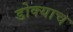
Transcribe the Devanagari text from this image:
डोक्याच